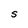
Character: S